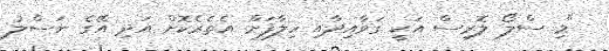
"މި ސްލޯ ލޮރިސް އަކީ ގަވާއިދާއި ހިލާފަށް އެތެރެކޮށް އަދި އޭގެ ނަސްލު